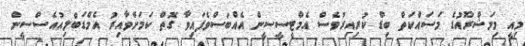
މިއީ މިމަޝްރޫއުގެ މަސައްކަތް ބިޑް ކުރިއިރުވެސް އެމްޓީސީސީން އެއްބަސްވެފައިވާ ގޮތް ކަމަށްވާއިރު އެމްޑަބްލިއުއެސްސީން